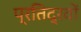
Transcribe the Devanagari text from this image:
प्रतिद्रवों